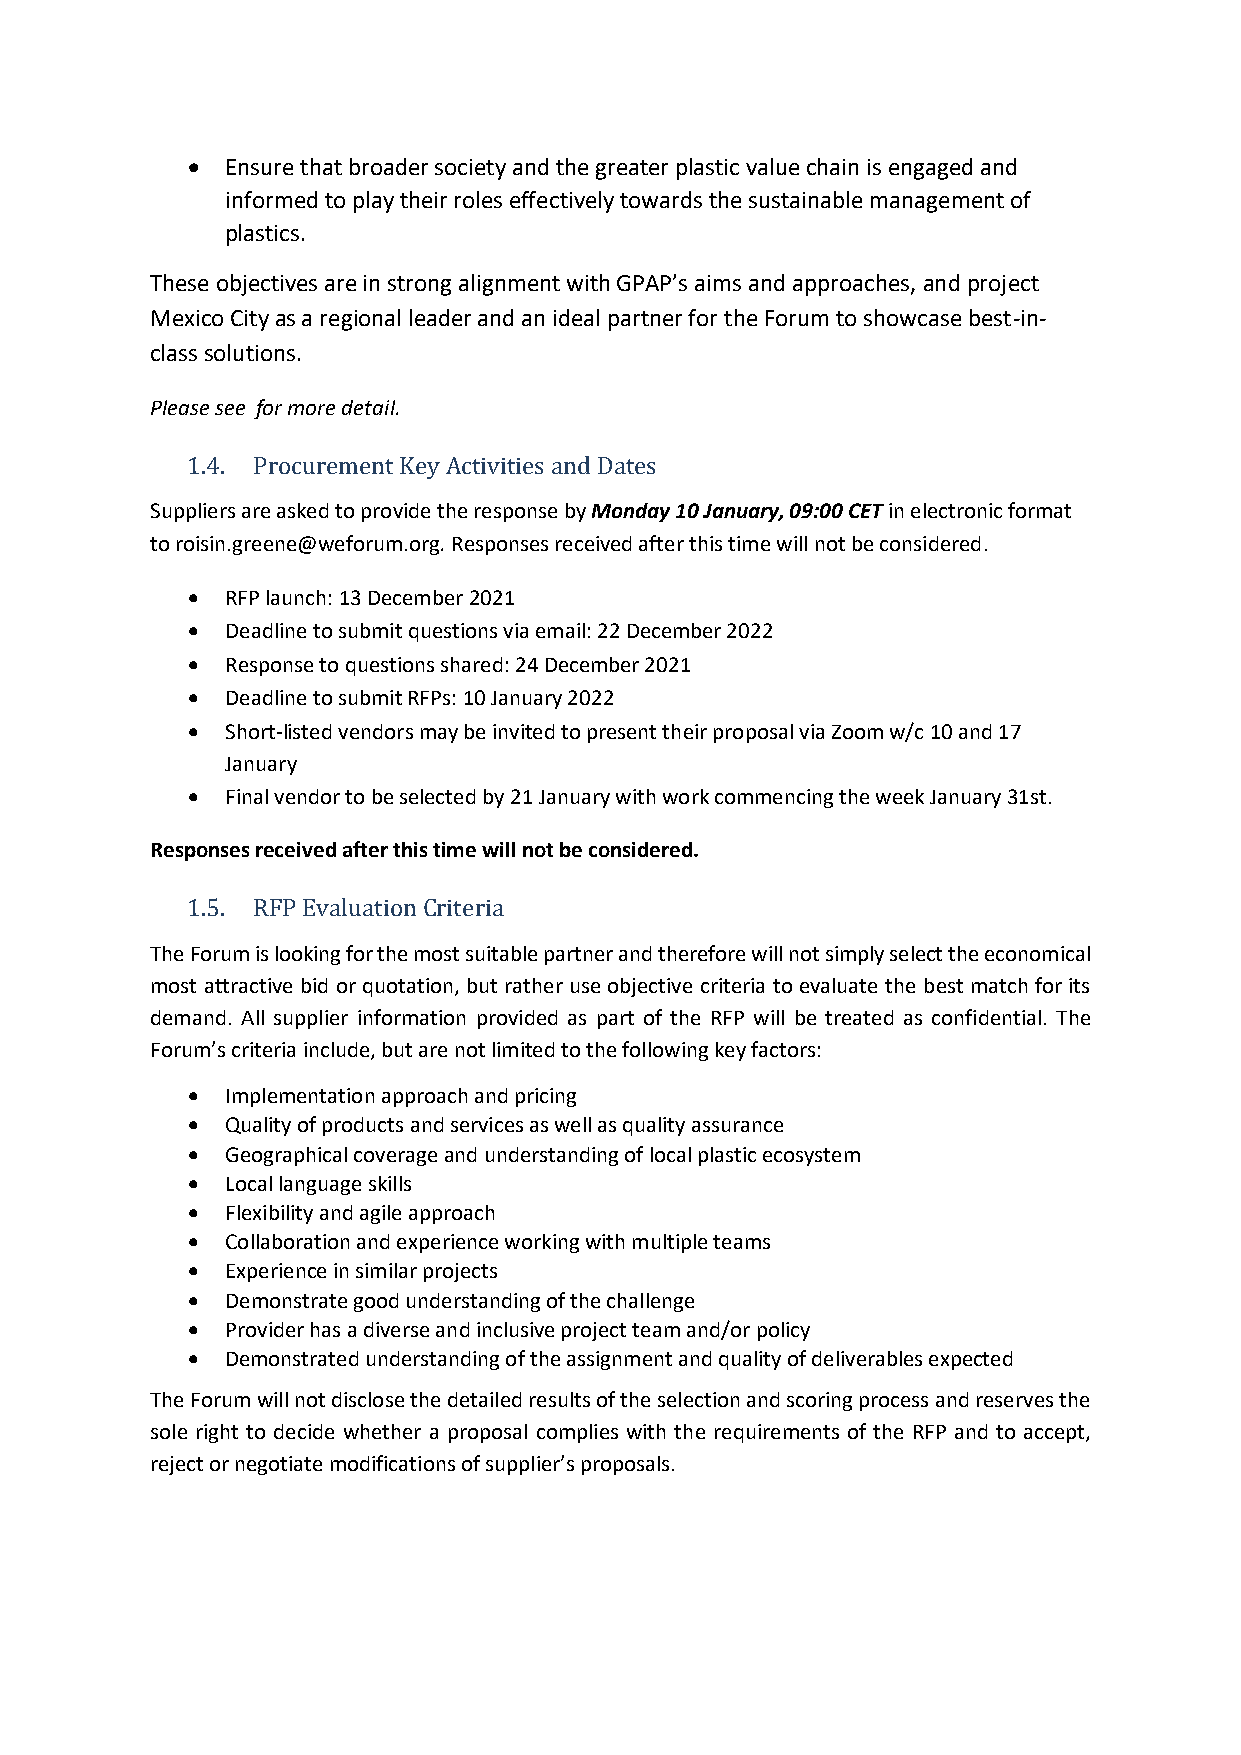
•  Ensure that broader society and the greater plastic value chain is engaged and
 informed to play their roles effectively towards the sustainable management of
 plastics.
 These objectives are in strong alignment with GPAP’s aims and approaches, and project
 Mexico City as a regional leader and an ideal partner for the Forum to showcase best-in-
 class solutions.
 Please see for more detail.
 1.4. Procurement Key Activities and Dates
 Suppliers are asked to provide the response by Monday 10 January, 09:00 CET in electronic format
 to roisin.greene@weforum.org. Responses received after this time will not be considered.
 •  RFP launch: 13 December 2021
 •  Deadline to submit questions via email: 22 December 2022
 •  Response to questions shared: 24 December 2021
 •  Deadline to submit RFPs: 10 January 2022
 •  Short-listed vendors may be invited to present their proposal via Zoom w/c 10 and 17
 January
 •  Final vendor to be selected by 21 January with work commencing the week January 31st.
 Responses received after this time will not be considered.
 1.5. RFP Evaluation Criteria
 The Forum is looking for the most suitable partner and therefore will not simply select the economical
 most attractive bid or quotation, but rather use objective criteria to evaluate the best match for its
 demand. All supplier information provided as part of the RFP will be treated as confidential. The
 Forum’s criteria include, but are not limited to the following key factors:
 •  Implementation approach and pricing
 •  Quality of products and services as well as quality assurance
 •  Geographical coverage and understanding of local plastic ecosystem
 •  Local language skills
 •  Flexibility and agile approach
 •  Collaboration and experience working with multiple teams
 •  Experience in similar projects
 •  Demonstrate good understanding of the challenge
 •  Provider has a diverse and inclusive project team and/or policy
 •  Demonstrated understanding of the assignment and quality of deliverables expected
 The Forum will not disclose the detailed results of the selection and scoring process and reserves the
 sole right to decide whether a proposal complies with the requirements of the RFP and to accept,
 reject or negotiate modifications of supplier’s proposals.